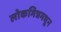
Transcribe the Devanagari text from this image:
लोकमित्रमधून